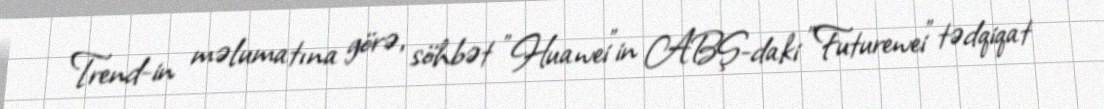
Trend-in məlumatına görə, söhbət "Huawei"in ABŞ-daki "Futurewei" tədqiqat